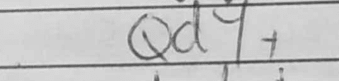
Transcription: Qd4+